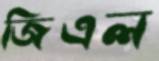
জিএল